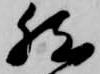
然